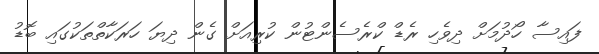
ފައިސާ ހޯދުމަށް ދިވެހި ރެޑް ކްރެސެންޓުން ކުރިއަށް ގެން ދިޔަ ހަރަކާތްތަކުގައި ބޮޑު